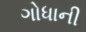
ગોધાની